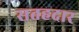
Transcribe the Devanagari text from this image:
सतहदार